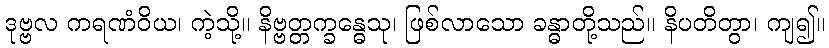
ဒုဗ္ဗလ ကရဏံဝိယ၊ ကဲ့သို့။ နိဗ္ဗတ္တက္ခန္ဓေသု၊ ဖြစ်လာသော ခန္ဓာတို့သည်။ နိပတိတွာ၊ ကျ၍။